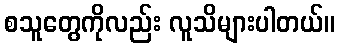
စသူတွေကိုလည်း လူသိများပါတယ်။